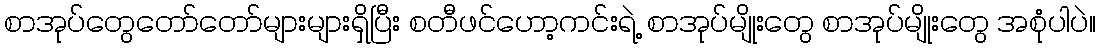
စာအုပ်တွေတော်တော်များများရှိပြီး စတီဖင်ဟော့ကင်းရဲ့ စာအုပ်မျိုးတွေ စာအုပ်မျိုးတွေ အစုံပါပဲ။